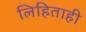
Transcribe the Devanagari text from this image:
लिहिताही